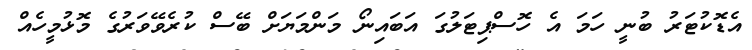
އެޑޮކުޓަރު ބުނީ ހަމަ އެ ހޮސްޕިޓަލުގަ އަބައިނޯ މަންމަޔަށް ބޭސް ކުރެވޭވަރުގެ މޮޅުމީހެއް